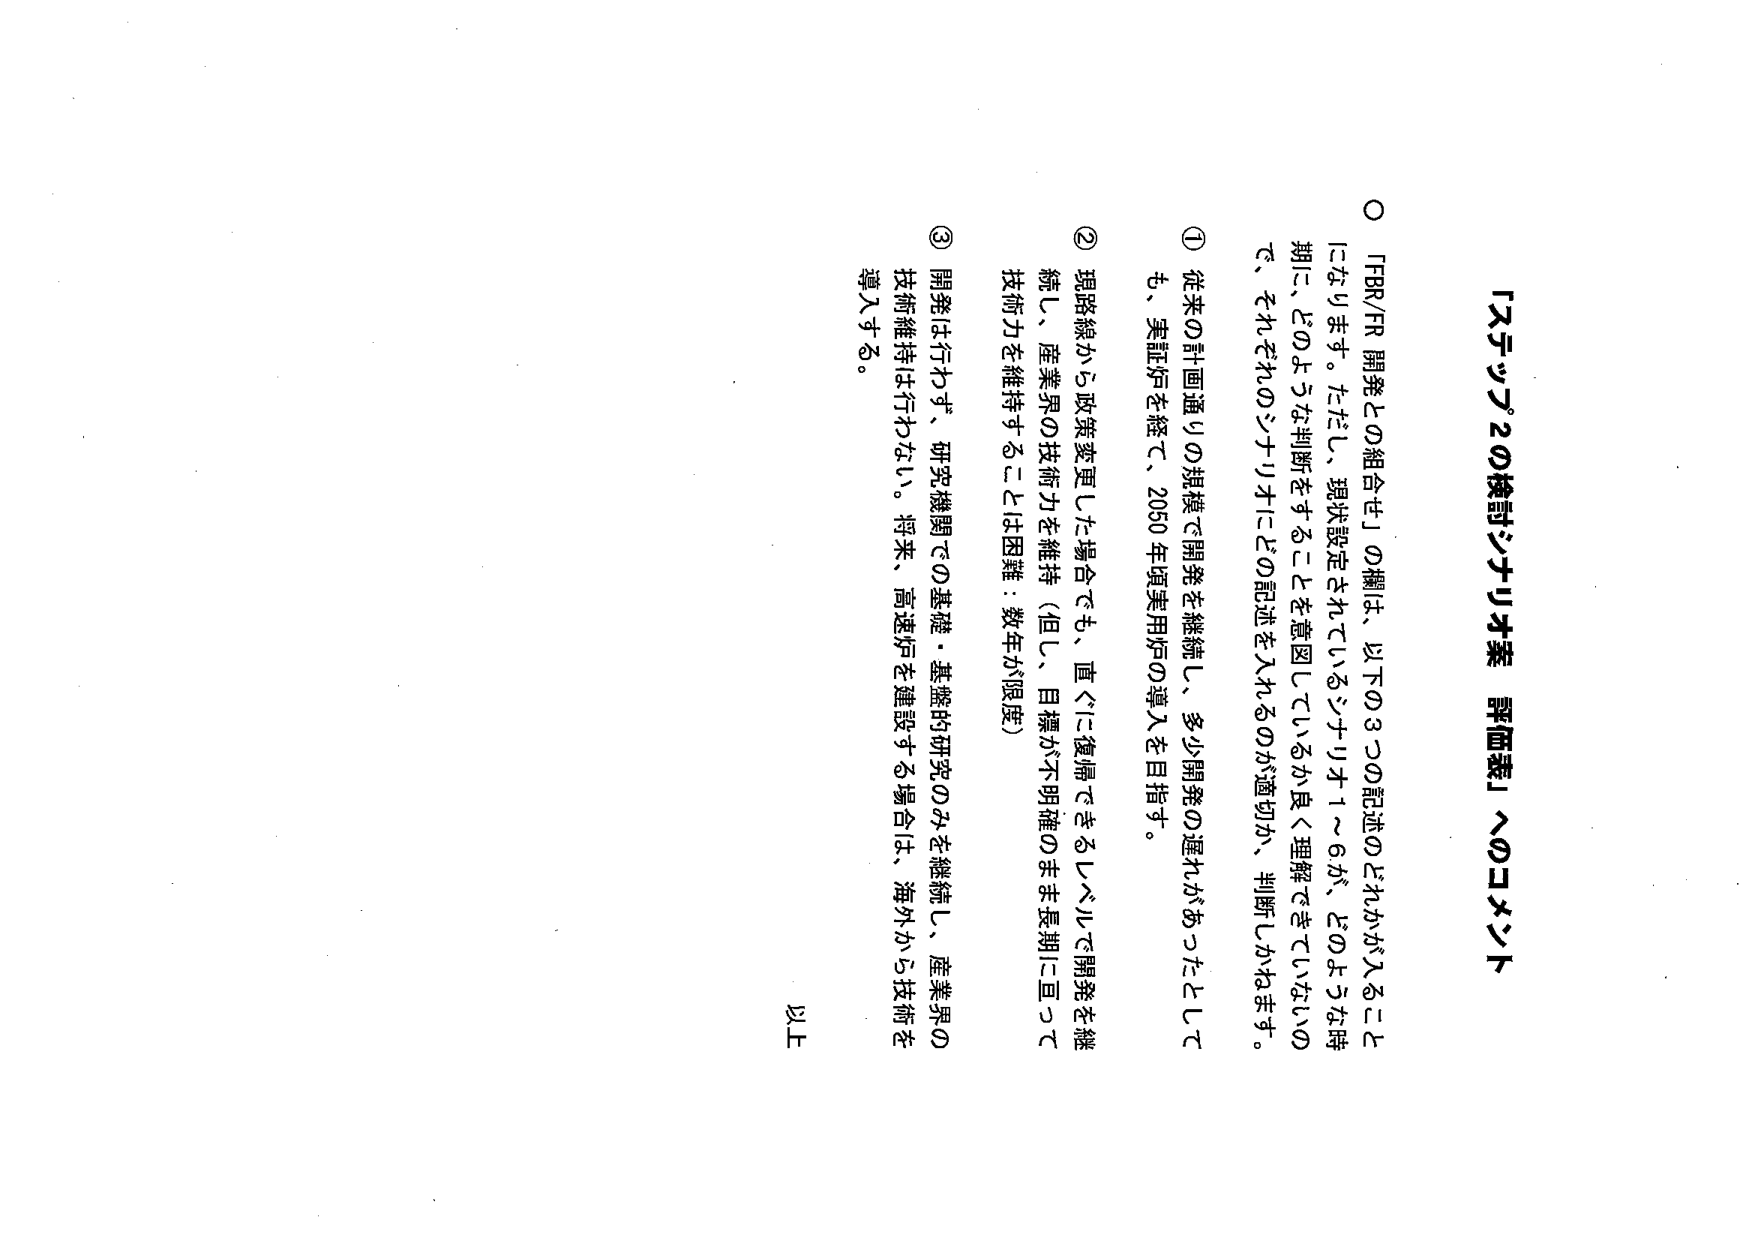
「ステップ2の検討シナリオ案 評価表」へのコメント

○ 「FBR/FR 開発との組合せ」の欄は、以下の3つの記述のどれかが入ることになります。ただし、現状設定されているシナリオ1～6が、どのような時期に、どのような判断をすることを意図しているか良く理解できていないので、それぞれのシナリオにどの記述を入れるのが適切か、判断しかねます。

① 従来の計画通りの規模で開発を継続し、多少開発の遅れがあったとしても、実証炉を経て、2050年頃実用炉の導入を目指す。

② 現路線から政策変更した場合でも、直ぐに復帰できるレベルで開発を継続し、産業界の技術力を維持（但し、目標が不明確のまま長期に亘って技術力を維持することは困難：数年が限度）

③ 開発は行わず、研究機関での基礎・基盤的研究のみを継続し、産業界の技術維持は行わない。将来、高速炉を建設する場合は、海外から技術を導入する。

以上